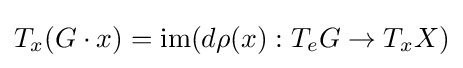
T_{x}(G\cdot x)=\operatorname {im} (d\rho (x):T_{e}G\to T_{x}X)